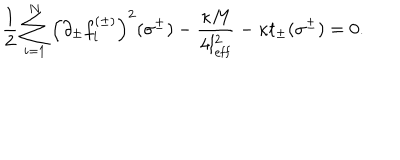
LaTeX: \frac 1 2 \sum _ { i = 1 } ^ { N } \left( \partial _ { \pm } f _ { i } ^ { ( \pm ) } \right) ^ { 2 } ( \sigma ^ { \pm } ) - \frac { \kappa M } { 4 l _ { \mathrm { e f f } } ^ { 2 } } - \kappa t _ { \pm } ( \sigma ^ { \pm } ) = 0 .